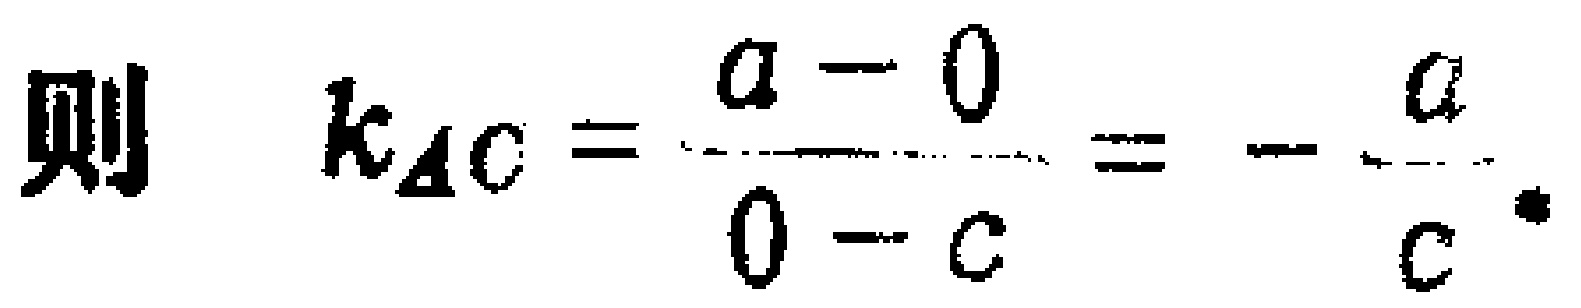
则 \(k_{AC}=\frac{a - 0}{0 - c}=-\frac{a}{c}\).